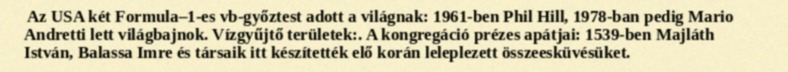
Az USA két Formula–1-es vb-győztest adott a világnak: 1961-ben Phil Hill, 1978-ban pedig Mario Andretti lett világbajnok. Vízgyűjtő területek:. A kongregáció prézes apátjai: 1539-ben Majláth István, Balassa Imre és társaik itt készítették elő korán leleplezett összeesküvésüket.